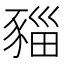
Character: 𧱥